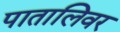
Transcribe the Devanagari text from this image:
पातालिवर